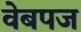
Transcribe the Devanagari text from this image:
वेबपज